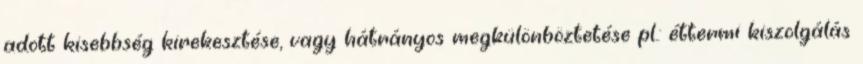
adott kisebbség kirekesztése, vagy hátrányos megkülönböztetése pl.: éttermi kiszolgálás